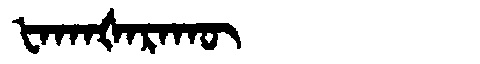
Manchu: ᡶᠠᡴᠠᡧᠠᡵᠠᡴᡡ
Romanization: FAKAŠARAKŪ